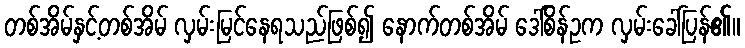
တစ်အိမ်နှင့်တစ်အိမ် လှမ်းမြင်နေရသည်ဖြစ်၍ နောက်တစ်အိမ် ဒေါ်စိန်ဥက လှမ်းခေါ်ပြန်၏။